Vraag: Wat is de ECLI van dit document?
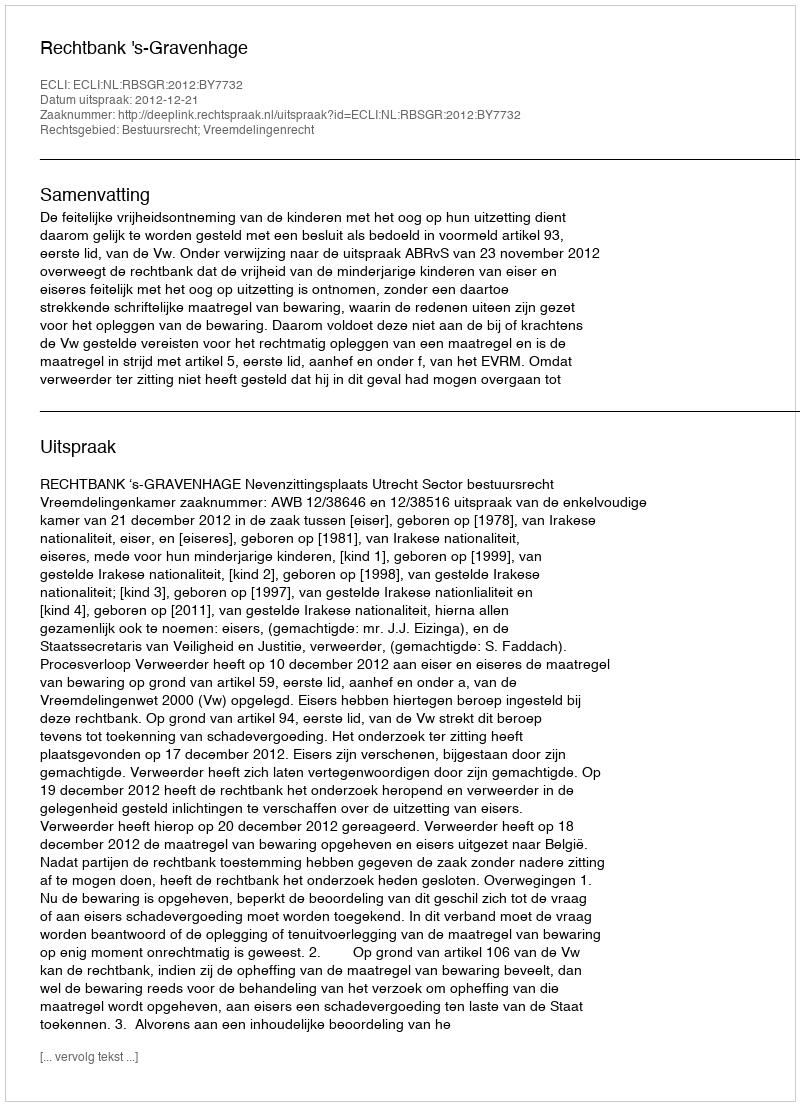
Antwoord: ECLI:NL:RBSGR:2012:BY7732